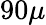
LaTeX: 90\mu